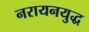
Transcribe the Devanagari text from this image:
नरायनयुद्ध